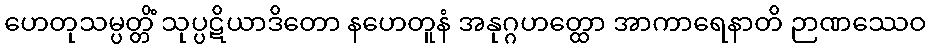
ဟေတုသမ္ပတ္တိံ သုပ္ပဋိယာဒိတော နဟေတူနံ အနုဂ္ဂဟတ္ထော အာကာရေနာတိ ဉာဏဿေဝ